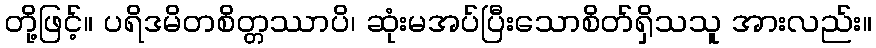
တို့ဖြင့်။ ပရိဒမိတစိတ္တဿာပိ၊ ဆုံးမအပ်ပြီးသောစိတ်ရှိသသူ အားလည်း။